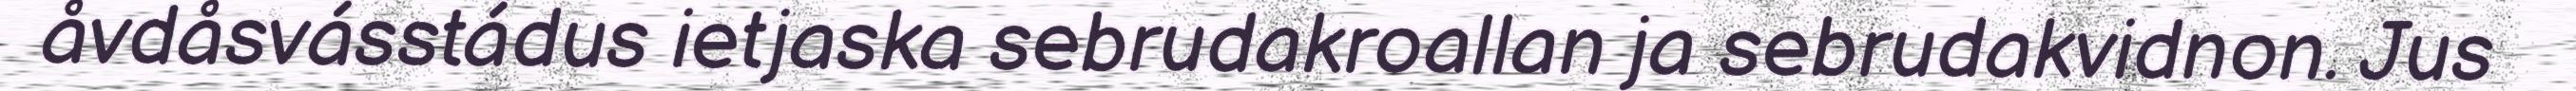
åvdåsvásstádus ietjaska sebrudakroallan ja sebrudakvidnon. Jus